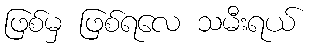
ဖြစ်မှ ဖြစ်ရလေ သမီးရယ်